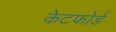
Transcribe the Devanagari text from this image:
केटफोर्ड